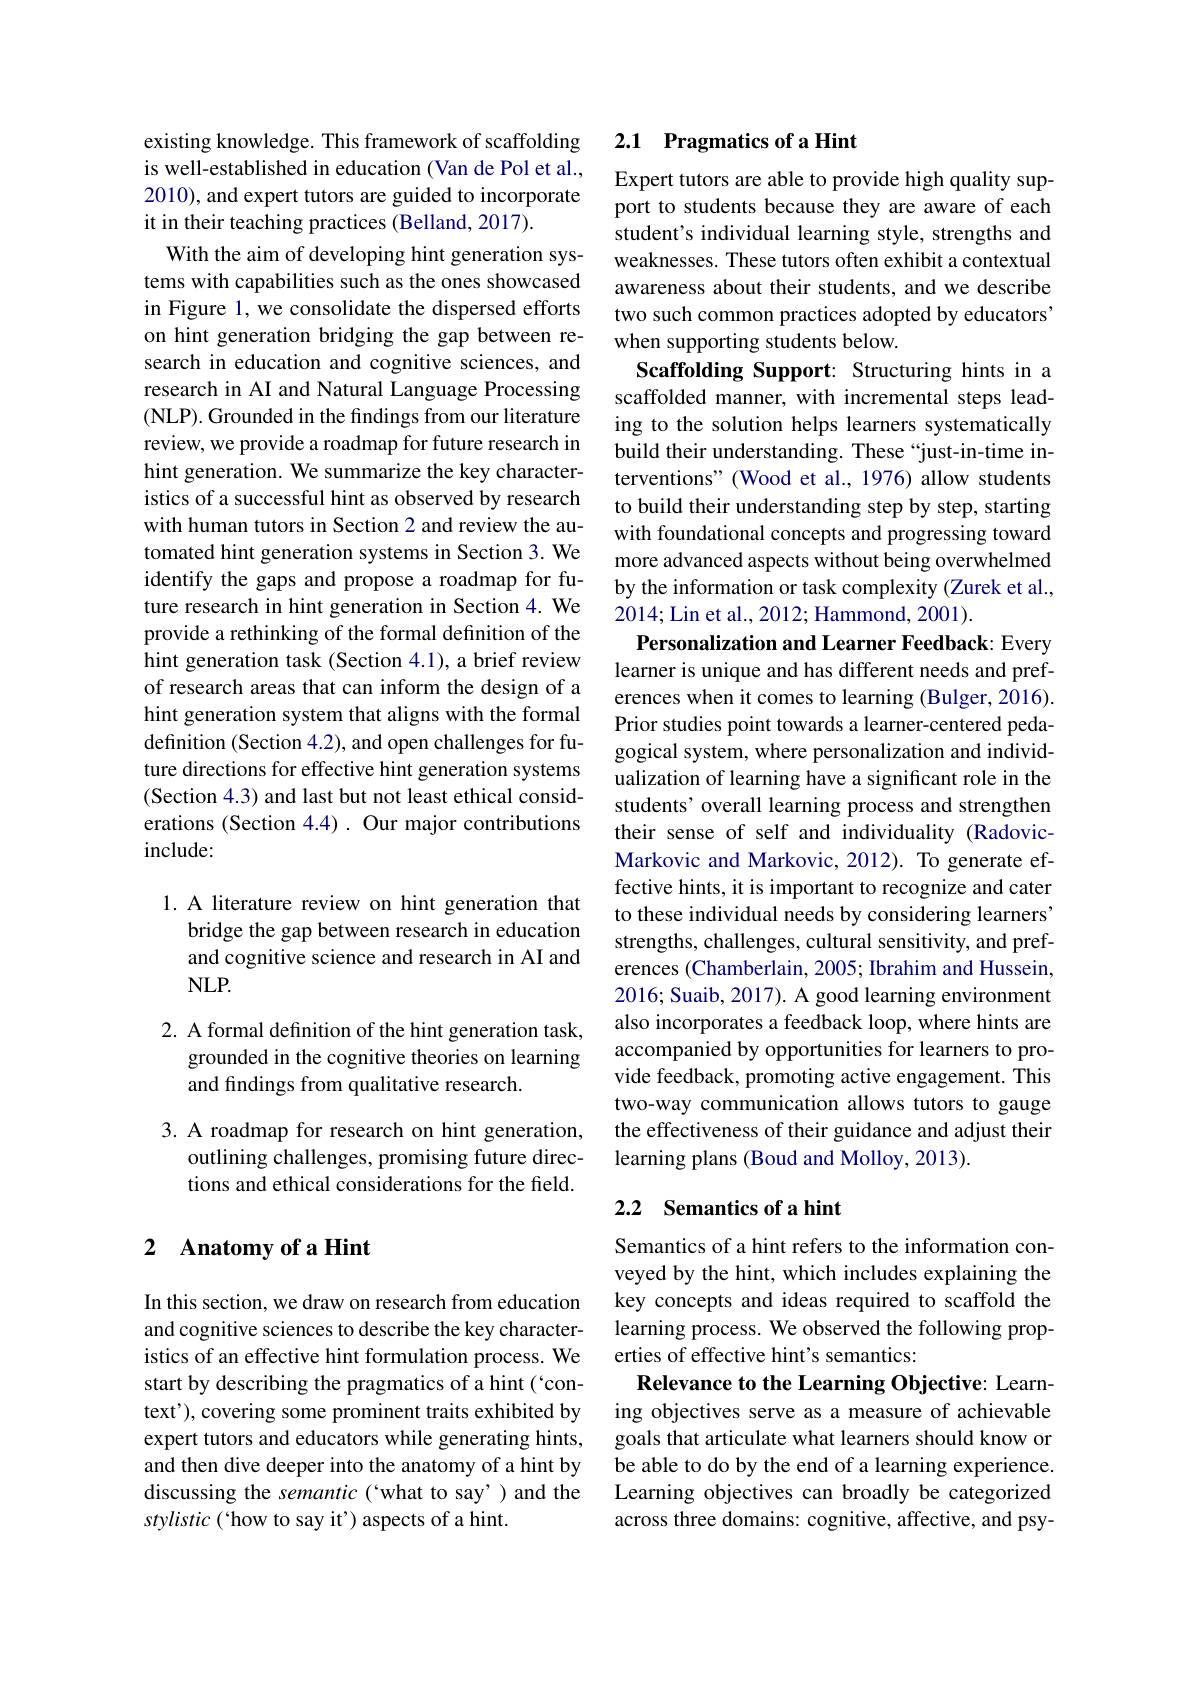
existing knowledge. This framework of scaffolding is well-established in education (Van de Pol et al., 2010), and expert tutors are guided to incorporate it in their teaching practices (Belland, 2017).
With the aim of developing hint generation systems with capabilities such as the ones showcased in Figure 1, we consolidate the dispersed efforts on hint generation bridging the gap between research in education and cognitive sciences, and research in AI and Natural Language Processing (NLP). Grounded in the findings from our literature review, we provide a roadmap for future research in hint generation. We summarize the key characteristics of a successful hint as observed by research with human tutors in Section 2 and review the automated hint generation systems in Section 3. We identify the gaps and propose a roadmap for future research in hint generation in Section 4. We provide a rethinking of the formal definition of the hint generation task (Section 4.1), a brief review of research areas that can inform the design of a hint generation system that aligns with the formal definition (Section 4.2), and open challenges for future directions for effective hint generation systems (Section 4.3) and last but not least ethical considerations (Section 4.4) . Our major contributions include:

1. A literature review on hint generation that
bridge the gap between research in education and cognitive science and research in AI and $NLP.$

2. A formal definition of the hint generation task,
grounded in the cognitive theories on learning
and findings from qualitative research.

3. A roadmap for research on hint generation,
outlining challenges, promising future directions and ethical considerations for the field.

# 2 Anatomy of a Hint

In this section, we draw on research from education and cognitive sciences to describe the key characteristics of an effective hint formulation process. We start by describing the pragmatics of a hint (`context'), covering some prominent traits exhibited by expert tutors and educators while generating hints, and then dive deeper into the anatomy of a hint by discussing the semantic(`what to say') and the stylistic ( `how to say it') aspects of a hint.

## 2.1 Pragmatics of a Hint

Expert tutors are able to provide high quality support to students because they are aware of each student's individual learning style, strengths and weaknesses. These tutors often exhibit a contextual awareness about their students, and we describe two such common practices adopted by educators' when supporting students below.
Scaffolding Support: Structuring hints in a scaffolded manner, with incremental steps leading to the solution helps learners systematically build their understanding. These “just-in-time interventions" (Wood et al., 1976) allow students to build their understanding step by step, starting with foundational concepts and progressing toward more advanced aspects without being overwhelmed by the information or task complexity (Zurek et al., 2014;Lin et al., 2012; Hammond, 2001).
Personalization and Learner Feedback: Every learner is unique and has different needs and preferences when it comes to learning (Bulger, 2016). Prior studies point towards a learner-centered pedagogical system, where personalization and individualization of learning have a significant role in the students' overall learning process and strengthen their sense of self and individuality (RadovicMarkovic and Markovic, 2012). To generate effective hints, it is important to recognize and cater to these individual needs by considering learners" strengths, challenges, cultural sensitivity, and preferences (Chamberlain, 2005; Ibrahim and Hussein, 2016; Suaib, 2017). A good learning environment also incorporates a feedback loop, where hints are accompanied by opportunities for learners to provide feedback, promoting active engagement. This two-way communication allows tutors to gauge the effectiveness of their guidance and adjust their learning plans (Boud and Molloy, 2013).

## 2.2 Semantics of a hint

Semantics of a hint refers to the information conveyed by the hint, which includes explaining the key concepts and ideas required to scaffold the learning process. We observed the following properties of effective hint's semantics:
Relevance to the Learning Objective: Learning objectives serve as a measure of achievable goals that articulate what learners should know or be able to do by the end of a learning experience. Learning objectives can broadly be categorized across three domains: cognitive, affective, and psy-